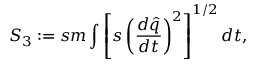
S _ { 3 } : = s m \int \left[ s \left( \frac { d \widehat { q } } { d t } \right) ^ { 2 } \right] ^ { 1 / 2 } d t ,